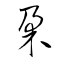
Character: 朶